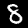
Digit: 8